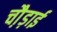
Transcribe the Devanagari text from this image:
चौ़ड़ाई